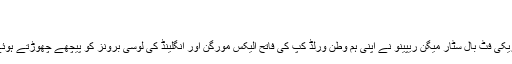
منگل 24 ستمبر 2019 14:00
میگن ریپینو اور لیونل میسی (اے ایف پی)
اٹلی میں منعقدہ فیفا ایوارڈز کی تقریب میں امریکی فٹ بال سٹار میگن ریپینو نے اپنی ہم وطن ورلڈ کپ کی فاتح الیکس مورگن اور انگلینڈ کی لوسی برونز کو پیچھے چھوڑتے ہوئے ’پلیئر آف دی ایئر‘ کا ایوارڈ اپنے نام کر لیا۔